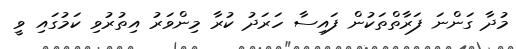
މުދާ ގަންނަ ފަރާތްތަކުން ފައިސާ ހަރަދު ކުރާ މިންވަރު އިތުރުވި ކަމުގައި ވީ